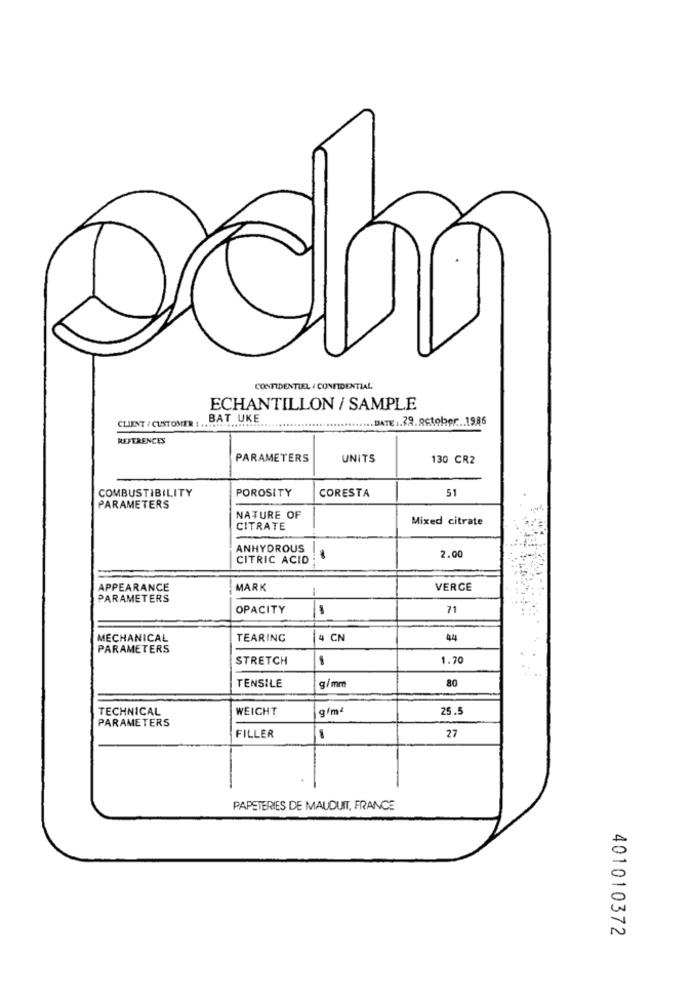
CONFIDENTIEL / CONFIDENTIAL
ECHANTILLON / SAMPLE
BAT UKE
....... DATE 1.79.october .. 1986
CLIENT / CUSTOMER : .................
REFERENCES
PARAMETERS
UNITS
130 CR2
COMBUSTIBILITY
POROSITY
CORESTA
51
PARAMETERS
NATURE OF
Mixed citrate
CITRATE
ANHYDROUS
2.00
CITRIC ACID
-
APPEARANCE
MARK
VERGE
PARAMETERS
OPACITY
71
MECHANICAL
TEARING
4 CN
44
PARAMETERS
STRETCH
1.70
TENSILE
80
g/mm
TECHNICAL
WEIGHT
gfm
25.5
PARAMETERS
27
FILLER
-
PAPETERIES DE MAUDUIT, FRANCE
401010372